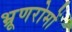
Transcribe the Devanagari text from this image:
भ्रूणरोमों